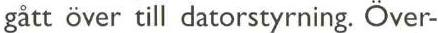
gått över till datorstyrning. Över-